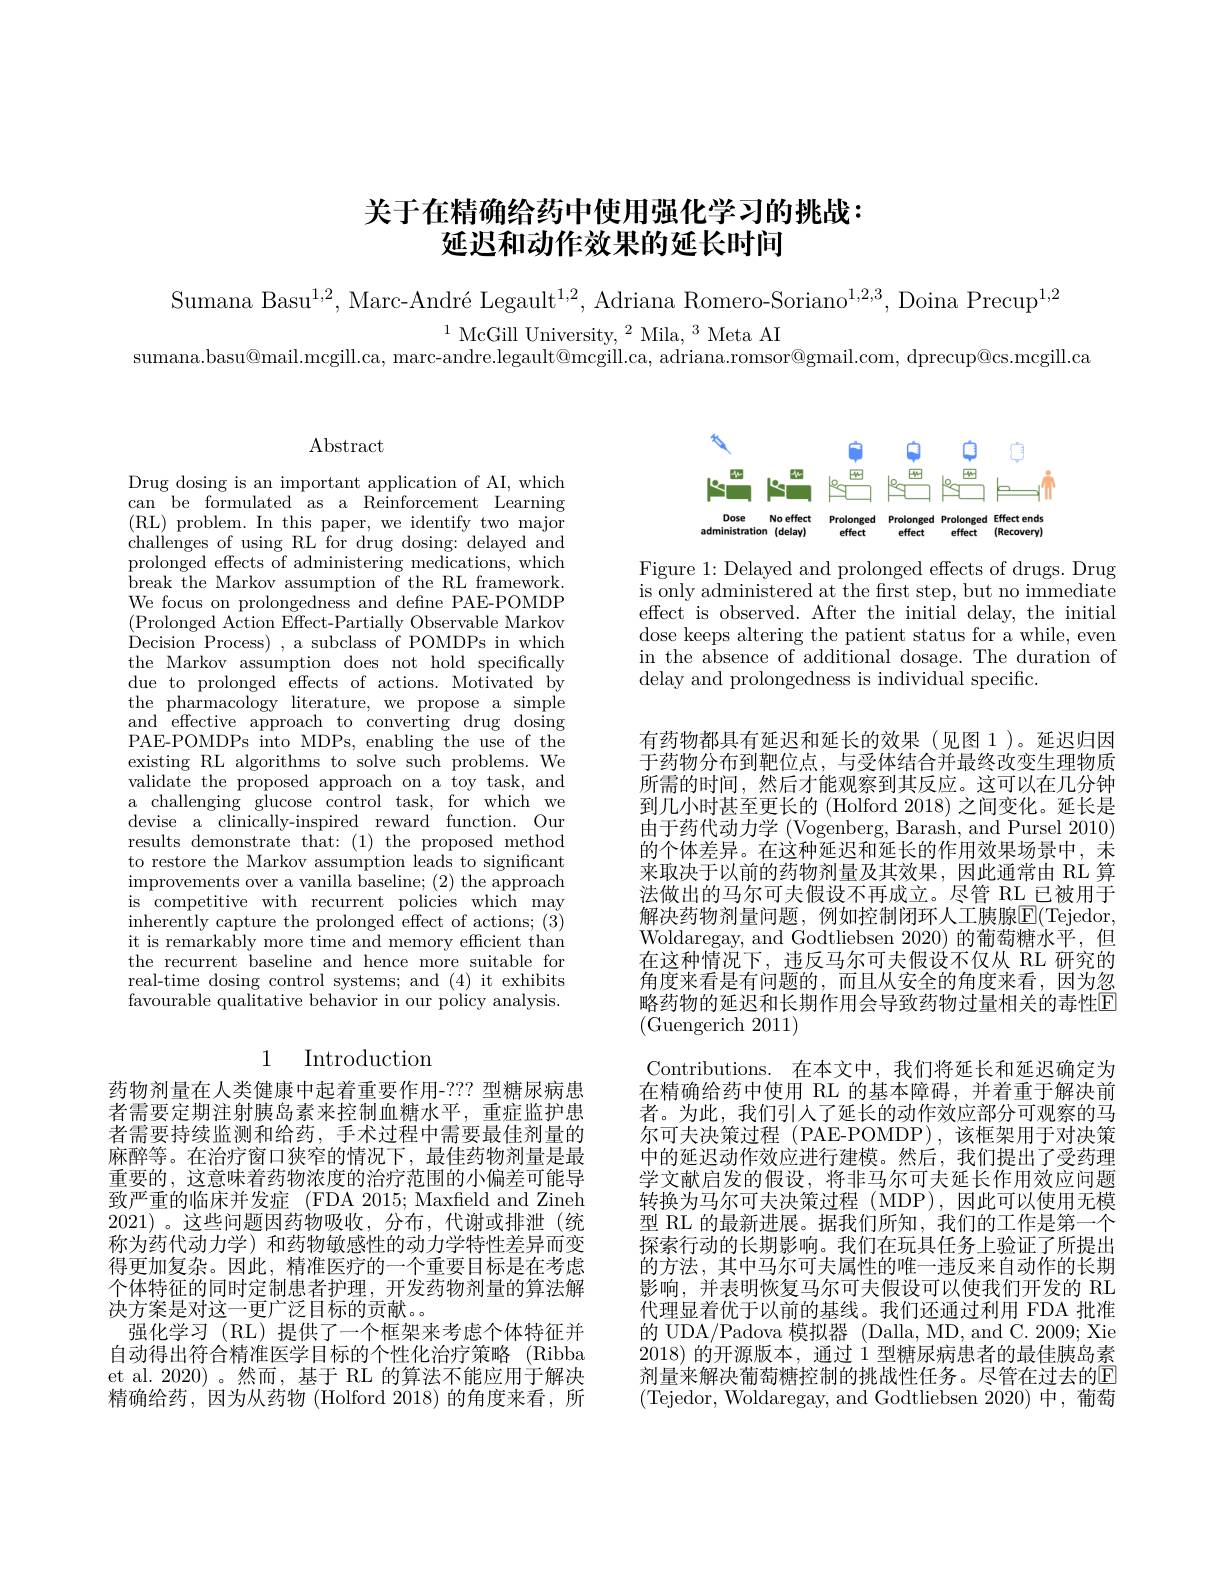
# 关于在精确给药中使用强化学习的挑战： 延迟和动作效果的延长时间

Sumana Basu$^1,2,\text{Marc-Andr\'{e}Legault}^{1,2},\text{ Adriana Romero-Soriano}^{1,2,3}$, Doina Precup$^1,2$

$^{1}\text{ McGill University,}^{2}\text{ Mila, }^{3}$Meta AI
sumana.basu@mail.mcgill.ca, marc-andre.legault@mcgill.ca, adriana.romsor@gmail.com, dprecup@cs.mcgill.ca

$\operatorname{Abstract}$

Drug dosing is an important application of AI, which can be formulated as a Reinforcement Learning ( RL) problem. In this paper, we identify two major $\hat{\text{challenges of using RL for drug dosing: delayed and}}$ prolonged effects of administering medications, which break the Markov assumption of the RL framework. We focus on prolongedness and define PAE-POMDP (Prolonged Action Effect-Partially Observable Markov Decision Process) , a subclass of POMDPs in which the Markov assumption does not hold specifically due to prolonged effects of actions. Motivated by the pharmacology literature, we propose a simple and effective approach to converting drug dosing PAE-POMDPs into MDPs, enabling the use of the existing RL algorithms to solve such problems. We validate the proposed approach on a toy task, and a challenging glucose control task, for which we devise a clinically-inspired reward function. Our results demonstrate that:(1) the proposed method to restore the Markov assumption leads to significant improvements over a vanilla baseline; (2) the approach is competitive with recurrent policies which may $\bar{\text{inherently capture the prolonged effect of actions; (3)}}$ it is remarkably more time and memory efficient than the recurrent baseline and hence more suitable for real-time dosing control systems; and (4) it exhibits favourable qualitative behavior in our policy analysis.

## 1 Introduction

药物剂量在人类健康中起着重要作用-???型糖尿病患者需要定期注射胰岛素来控制血糖水平，重症监护患者需要持续监测和给药，手术过程中需要最佳剂量的麻醉等。在治疗窗口狭窄的情况下，最佳药物剂量是最重要的，这意味着药物浓度的治疗范围的小偏差可能导致严重的临床并发症 (FDA 2015; Maxfeld and Zineh 2021)。这些问题因药物吸收，分布，代谢或排泄(统称为药代动力学) 和药物敏感性的动力学特性差异而变得更加复杂。因此，精准医疗的一个重要目标是在考虑个体特征的同时定制患者护理，开发药物剂量的算法解决方案是对这一更广泛目标的贡献。。
强化学习(RL)提供了一个框架来考虑个体特征并自动得出符合精准医学目标的个性化治疗策略(Ribba et al. 2020) 。然而，基于 RL 的算法不能应用于解决精确给药，因为从药物(Holford 2018)的角度来看，所

<FigureHere>

Figure 1: Delayed and prolonged effects of drugs. Drug is only administered at the frst step, but no immediate effect is observed. After the initial delay, the initial dose keeps altering the patient status for a while, even in the absence of additional dosage. The duration of delay and prolongedness is individual specific.

有药物都具有延迟和延长的效果(见图1)。延迟归因于药物分布到靶位点，与受体结合并最终改变生理物质所需的时间，然后才能观察到其反应。这可以在几分钟到几小时甚至更长的 (Holford 2018) 之间变化。延长是由于药代动力学 (Vogenberg, Barash, and Pursel 2010) 的个体差异。在这种延迟和延长的作用效果场景中，未来取决于以前的药物剂量及其效果，因此通常由 RL 算法做出的马尔可夫假设不再成立。尽管 RL 已被用于解决药物剂量问题，例如控制闭环人工胰腺$\overline{\mathrm{E}}($Tejedor, Woldaregay, and Godtliebsen 2020) 的葡萄糖水平，但在这种情况下，违反马尔可夫假设不仅从 RL 研究的角度来看是有问题的，而且从安全的角度来看，因为忽略药物的延迟和长期作用会导致药物过量相关的毒性E (Guengerich 2011)
Contributions. 在本文中，我们将延长和延迟确定为在精确给药中使用 RL 的基本障碍，并着重于解决前者。为此，我们引人了延长的动作效应部分可观察的马尔可夫决策过程 (PAE-POMDP),该框架用于对决策中的延迟动作效应进行建模。然后，我们提出了受药理学文献启发的假设，将非马尔可夫延长作用效应问题转换为马尔可夫决策过程(MDP),因此可以使用无模型 RL 的最新进展。据我们所知，我们的工作是第一个探索行动的长期影响。我们在玩具任务上验证了所提出的方法，其中马尔可夫属性的唯一违反来自动作的长期影响，并表明恢复马尔可夫假设可以使我们开发的 RL 代理显着优于以前的基线。我们还通过利用 FDA 批准的 UDA/Padova 模拟器 (Dalla, MD, and C. 2009; Xie 2018)的开源版本，通过$i$型糖尿病患者的最佳胰岛素剂量来解决葡萄糖控制的挑战性任务。尽管在过去的E (Tejedor, Woldaregay, and Godtliebsen 2020) 中，葡萄